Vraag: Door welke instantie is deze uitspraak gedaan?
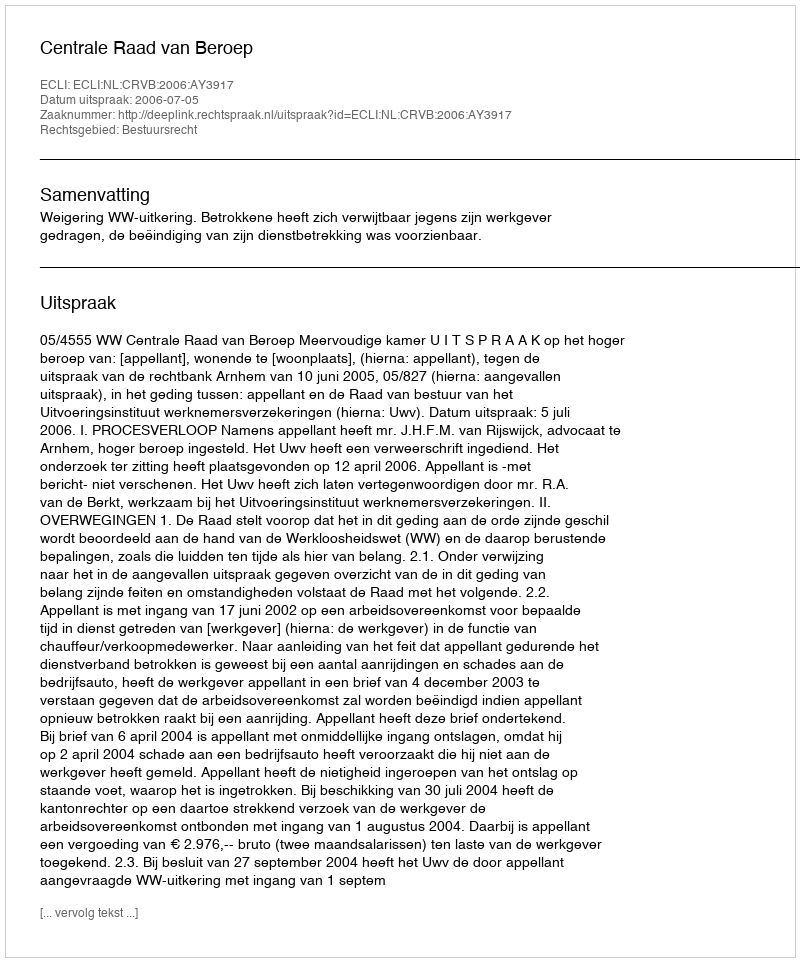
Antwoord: Centrale Raad van Beroep